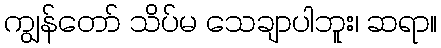
ကျွန်တော် သိပ်မ သေချာပါဘူး၊ ဆရာ။